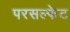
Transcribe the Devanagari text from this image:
परसल्फेट